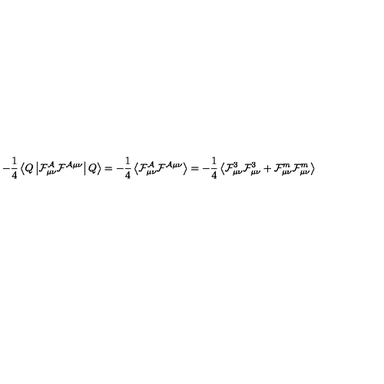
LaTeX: - \frac { 1 } { 4 } \left\langle Q \left| \cal F _ { \mu \nu } ^ { \cal A } \cal F ^ { \cal A \mu \nu } \right| Q \right\rangle = - \frac { 1 } { 4 } \left\langle \cal F _ { \mu \nu } ^ { \cal A } \cal F ^ { \cal A \mu \nu } \right\rangle = - \frac { 1 } { 4 } \left\langle { \cal F } _ { \mu \nu } ^ { 3 } { \cal F } _ { \mu \nu } ^ { 3 } + { \cal F } _ { \mu \nu } ^ { m } { \cal F } _ { \mu \nu } ^ { m } \right\rangle